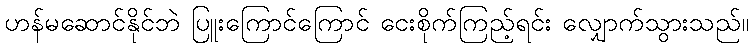
ဟန်မဆောင်နိုင်ဘဲ ပြူးကြောင်ကြောင် ငေးစိုက်ကြည့်ရင်း လျှောက်သွားသည်။